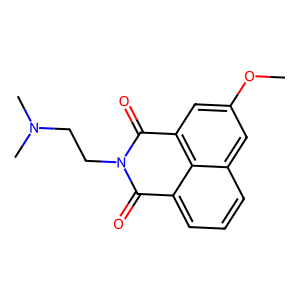
SMILES: COc1cc2c3c(cccc3c1)C(=O)N(CCN(C)C)C2=O
Inhibits HIV replication: No